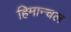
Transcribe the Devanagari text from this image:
हिमान्चल